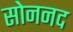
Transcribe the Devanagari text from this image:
सोननद